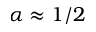
\alpha \approx 1 / 2